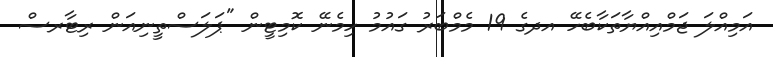
އަމިއްލަ ޖަމްއިއްޔާތަކާބެހޭ އދގެ 19 މެމްބަރު ގައުމު ހިމެނޭ ކޮމިޓީން "ޕަލަސްތީނިއަން ރިޓާރސް